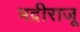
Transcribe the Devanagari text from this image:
भद्रीराजू